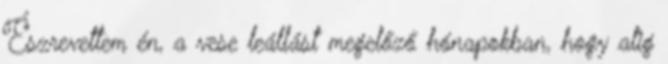
Észrevettem én, a vese leállást megelőző hónapokban, hogy alig